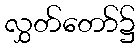
လွှတ်တော်၌